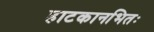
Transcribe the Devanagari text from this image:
हाटकानभितः